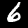
Digit: 6